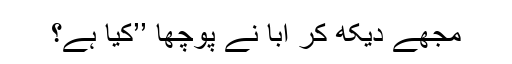
مجھے دیکھ کر ابا نے پوچھا ’’کیا ہے؟